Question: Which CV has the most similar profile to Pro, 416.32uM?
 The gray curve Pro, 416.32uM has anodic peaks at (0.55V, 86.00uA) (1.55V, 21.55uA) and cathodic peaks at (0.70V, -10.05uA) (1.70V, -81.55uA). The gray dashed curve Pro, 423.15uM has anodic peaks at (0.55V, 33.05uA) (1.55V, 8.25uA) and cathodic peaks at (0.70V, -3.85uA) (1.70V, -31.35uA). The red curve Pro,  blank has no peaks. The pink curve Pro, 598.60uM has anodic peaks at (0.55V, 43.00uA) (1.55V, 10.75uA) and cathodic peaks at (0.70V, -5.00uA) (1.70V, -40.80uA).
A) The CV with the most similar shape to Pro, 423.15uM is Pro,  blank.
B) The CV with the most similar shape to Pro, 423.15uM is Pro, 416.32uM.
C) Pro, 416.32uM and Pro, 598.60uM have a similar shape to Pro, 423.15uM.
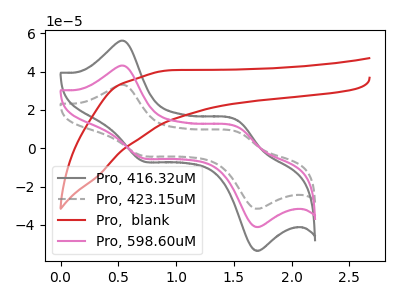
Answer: <think>All the peaks in "Pro, 416.32uM" have a peak in "Pro, 423.15uM" at the same potential. Every peak in "Pro, 416.32uM" is higher than every peak in "Pro, 423.15uM". "Pro, 416.32uM" and "Pro,  blank" have a different number of peaks. All the peaks in "Pro, 416.32uM" have a peak in "Pro, 598.60uM" at the same potential. Every peak in "Pro, 416.32uM" is higher than every peak in "Pro, 598.60uM". "Pro, 423.15uM" and "Pro,  blank" have a different number of peaks. All the peaks in "Pro, 423.15uM" have a peak in "Pro, 598.60uM" at the same potential. Every peak in "Pro, 423.15uM" is lower than every peak in "Pro, 598.60uM". "Pro,  blank" and "Pro, 598.60uM" have a different number of peaks.
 </think>
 <answer>C) "Pro, 416.32uM" and "Pro, 598.60uM" have a similar shape to "Pro, 423.15uM".</answer>
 <eval>C</eval>